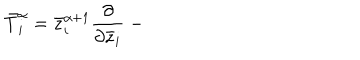
\bar { T } _ { i } ^ { \alpha } = \bar { z } _ { i } ^ { \alpha + 1 } { \frac { \partial } { \partial \bar { z } _ { i } } } ~ -